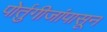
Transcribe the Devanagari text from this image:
पोर्तुगीजांपासून